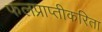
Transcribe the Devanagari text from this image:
फलप्राप्तीकरिता